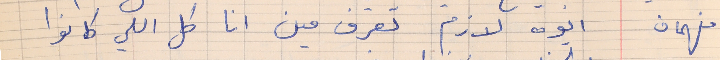
فهمان    ايوه لازم تعرف مين انا كل اللي كانوا